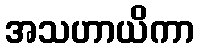
အသဟာယိကာ